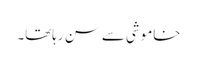
خاموشی سے سن رہاتھا۔